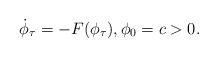
LaTeX: \begin{align*}\dot \phi_\tau =-F(\phi_\tau ), \phi_0 =c>0 .\end{align*}